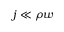
j \ll \rho w